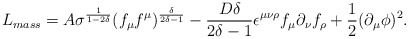
\begin{align*}L_{mass}= A \sigma^{\frac{1}{1-2\delta }} (f_{\mu} f^{\mu})^{\frac{\delta }{2\delta -1}} -\frac{D \delta }{2\delta -1}\epsilon^{\mu \nu \rho } f_{\mu } \partial_{\nu } f_{\rho }+\frac{1}{2} (\partial_{\mu } \phi )^2.\end{align*}